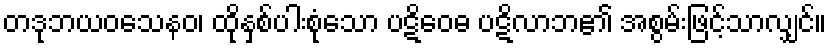
တဒုဘယဝသေနဝ၊ ထိုနှစ်ပါးစုံသော ပဋိဝေဓ ပဋိလာဘ၏ အစွမ်းဖြင့်သာလျှင်။